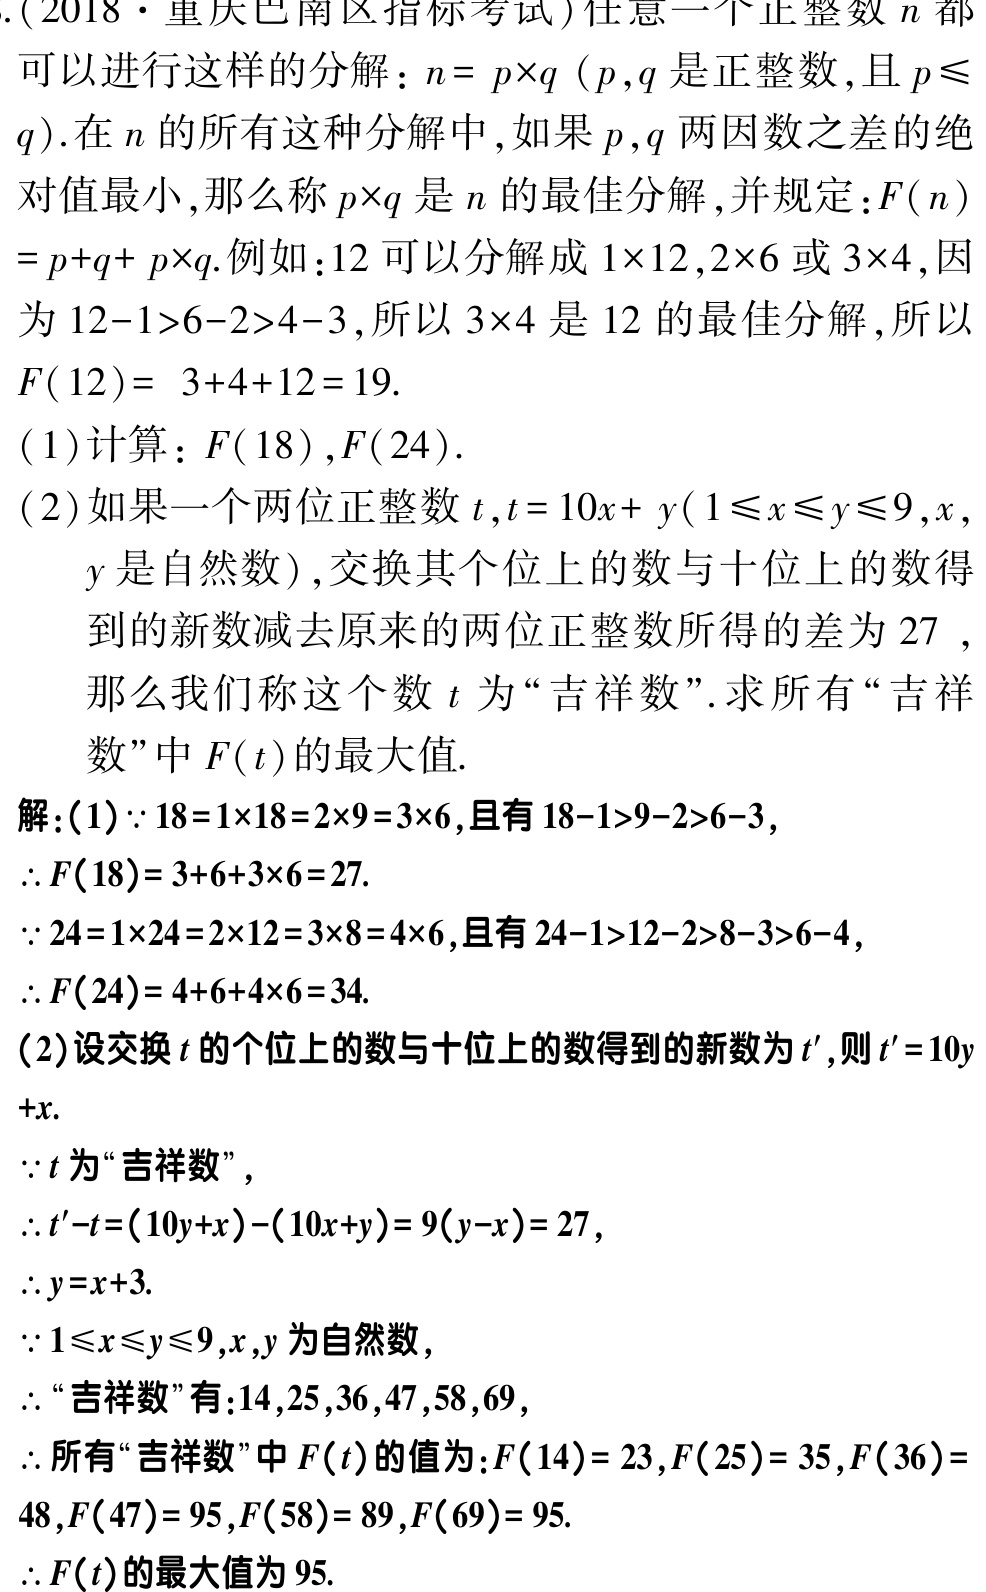
\((2018\cdot 重庆巴南区指标考试)\)任意一个正整数\(n\)都可以进行这样的分解：\(n = p\times q\) (\(p,q\)是正整数，且\(p\leqslant q\)).在\(n\)的所有这种分解中，如果\(p,q\)两因数之差的绝对值最小，那么称\(p\times q\)是\(n\)的最佳分解，并规定：\(F(n)=p + q + p\times q\).例如：\(12\)可以分解成\(1\times12\),\(2\times6\)或\(3\times4\),因为\(12 - 1>6 - 2>4 - 3\),所以\(3\times4\)是\(12\)的最佳分解，所以\(F(12)=3 + 4+12 = 19\).
\((1)\)计算：\(F(18)\),\(F(24)\).
\((2)\)如果一个两位正整数\(t\),\(t = 10x + y(1\leqslant x\leqslant y\leqslant9,x,y\)是自然数\()\),交换其个位上的数与十位上的数得到的新数减去原来的两位正整数所得的差为\(27\) ，那么我们称这个数\(t\)为“吉祥数”.求所有“吉祥数”中\(F(t)\)的最大值.
解：\((1)\)\(\because18 = 1\times18=2\times9 = 3\times6\),且有\(18 - 1>9 - 2>6 - 3\),
\(\therefore F(18)=3 + 6+3\times6 = 27\).
\(\because24 = 1\times24=2\times12 = 3\times8 = 4\times6\),且有\(24 - 1>12 - 2>8 - 3>6 - 4\),
\(\therefore F(24)=4 + 6+4\times6 = 34\).
\((2)\)设交换\(t\)的个位上的数与十位上的数得到的新数为\(t'\),则\(t' = 10y+x\).
\(\because t\)为“吉祥数”，
\(\therefore t' - t=(10y + x)-(10x + y)=9(y - x)=27\),
\(\therefore y = x + 3\).
\(\because1\leqslant x\leqslant y\leqslant9,x,y\)为自然数，
\(\therefore\)“吉祥数”有：\(14\),\(25\),\(36\),\(47\),\(58\),\(69\),
\(\therefore\)所有“吉祥数”中\(F(t)\)的值为：\(F(14)=23\),\(F(25)=35\),\(F(36)=48\),\(F(47)=95\),\(F(58)=89\),\(F(69)=95\).
\(\therefore F(t)\)的最大值为\(95\).